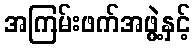
အကြမ်းဖက်အဖွဲ့နှင့်